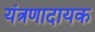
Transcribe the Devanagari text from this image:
यंत्रणादायक